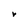
Character: r